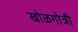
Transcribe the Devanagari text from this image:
खोळगोत्री